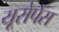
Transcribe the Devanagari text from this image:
यूरोपेँस